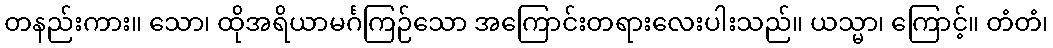
တနည်းကား။ သော၊ ထိုအရိယာမင်္ဂကြဉ်သော အကြောင်းတရားလေးပါးသည်။ ယသ္မာ၊ ကြောင့်။ တံတံ၊